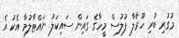
މުގުރި ބުރި ހޫރާލާ ފުލުސް މީހާގެ ގައިން ސައިކަލު ނައްޓާލުމާ އެކު އެ